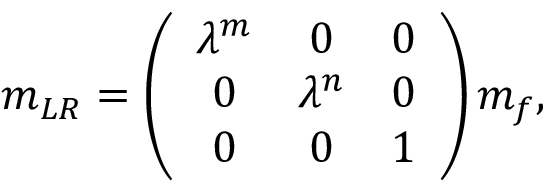
m _ { L R } = \left( \begin{array} { c c c } { { \lambda ^ { m } } } & { { 0 } } & { { 0 } } \\ { { 0 } } & { { \lambda ^ { n } } } & { { 0 } } \\ { { 0 } } & { { 0 } } & { { 1 } } \end{array} \right) m _ { f } ,